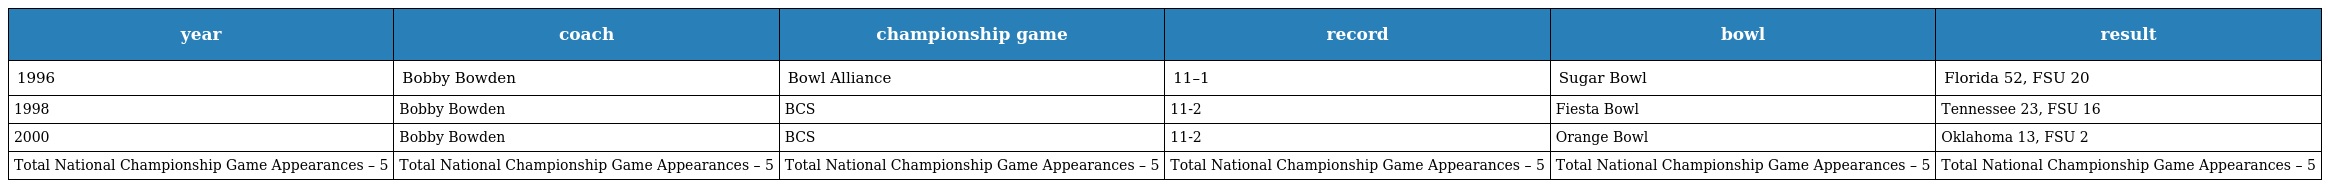
| year | coach | championship game | record | bowl | result |
 | --- | --- | --- | --- | --- | --- |
 | 1996 | Bobby Bowden | Bowl Alliance | 11–1 | Sugar Bowl | Florida 52, FSU 20 |
 | 1998 | Bobby Bowden | BCS | 11-2 | Fiesta Bowl | Tennessee 23, FSU 16 |
 | 2000 | Bobby Bowden | BCS | 11-2 | Orange Bowl | Oklahoma 13, FSU 2 |
 | Total National Championship Game Appearances – 5 | Total National Championship Game Appearances – 5 | Total National Championship Game Appearances – 5 | Total National Championship Game Appearances – 5 | Total National Championship Game Appearances – 5 | Total National Championship Game Appearances – 5 |